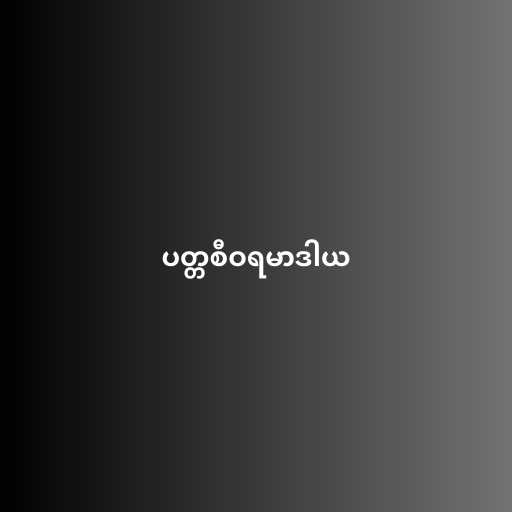
ပတ္တစီဝရမာဒါယ